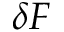
\delta F